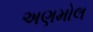
અણમોલ